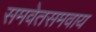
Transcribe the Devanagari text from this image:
समवेतसमवाय